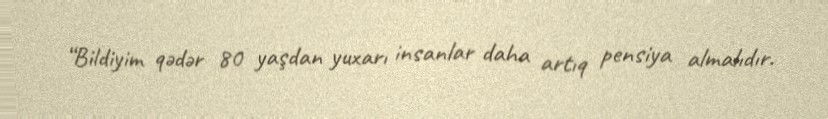
“Bildiyim qədər 80 yaşdan yuxarı insanlar daha artıq pensiya almalıdır.